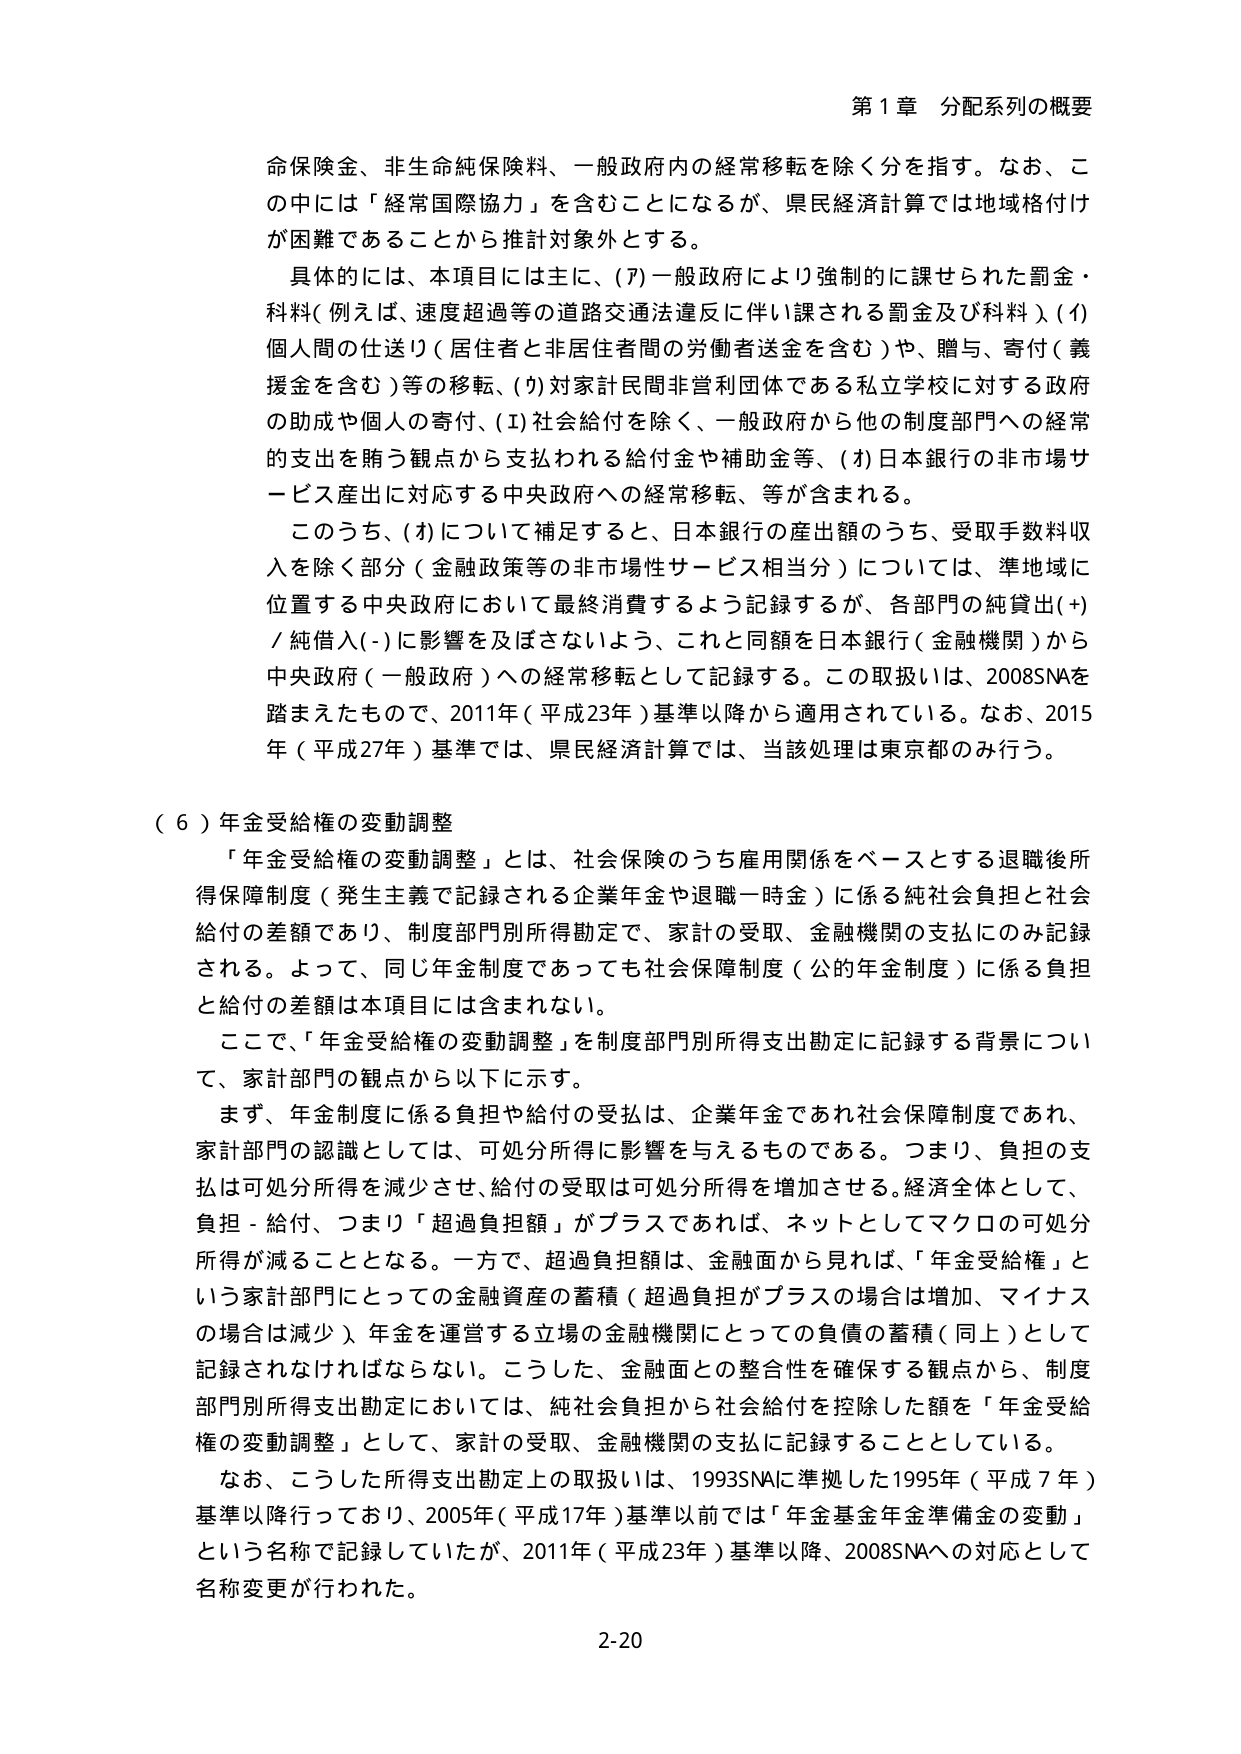
第１章 分配系列の概要

命保険金、非生命純保険料、一般政府内の経常移転を除く分を指す。なお、この中には「経常国際協力」を含むことになるが、県民経済計算では地域格付けが困難であることから推計対象外とする。

具体的には、本項目には主に、(ｱ)一般政府により強制的に課せられた罰金・料金（例えば、速度超過等の道路交通法違反に伴い課される罰金及び料金）、(ｲ)個人間の仕送り（居住者と非居住者間の労働者送金を含む）や、贈与、寄付（義援金を含む）等の移転、(ｳ)対家計民間非営利団体である私立学校に対する政府の助成や個人の寄付、(ｴ)社会給付を除く、一般政府から他の制度部門への経常的支出を賄う観点から支払われる給付金や補助金等、(ｵ)日本銀行の非市場サービス産出に対応する中央政府への経常移転、等が含まれる。

このうち、(ｵ)について補足すると、日本銀行の産出額のうち、受取手数料収入を除く部分（金融政策等の非市場性サービス相当分）については、準地域に位置する中央政府において最終消費するよう記録するが、各部門の純貸出(+)／純借入(-)に影響を及ぼさないよう、これと同額を日本銀行（金融機関）から中央政府（一般政府）への経常移転として記録する。この取扱いは、2008SNAを踏まえたもので、2011年（平成23年）基準以降から適用されている。なお、2015年（平成27年）基準では、県民経済計算では、当該処理は東京都のみ行う。

（６）年金受給権の変動調整

「年金受給権の変動調整」とは、社会保険のうち雇用関係をベースとする退職後所得保障制度（発生主義で記録される企業年金や退職一時金）に係る純社会負担と社会給付の差額であり、制度部門別所得勘定で、家計の受取、金融機関の支払にのみ記録される。よって、同じ年金制度であっても社会保障制度（公的年金制度）に係る負担と給付の差額は本項目には含まれない。

ここで、「年金受給権の変動調整」を制度部門別所得支出勘定に記録する背景について、家計部門の観点から以下に示す。

まず、年金制度に係る負担や給付の受払は、企業年金であれ社会保障制度であれ、家計部門の認識としては、可処分所得に影響を与えるものである。つまり、負担の支払は可処分所得を減少させ、給付の受取は可処分所得を増加させる。経済全体として、負担－給付、つまり「超過負担額」がプラスであれば、ネットとしてマクロの可処分所得が減ることとなる。一方で、超過負担額は、金融面から見れば、「年金受給権」という家計部門にとっての金融資産の蓄積（超過負担がプラスの場合は増加、マイナスの場合は減少）、年金を運営する立場の金融機関にとっての負債の蓄積（同上）として記録されなければならない。こうした、金融面との整合性を確保する観点から、制度部門別所得支出勘定においては、純社会負担から社会給付を控除した額を「年金受給権の変動調整」として、家計の受取、金融機関の支払に記録することとしている。

なお、こうした所得支出勘定上の取扱いは、1993SNAに準拠した1995年（平成7年）基準以降行っており、2005年（平成17年）基準以前では「年金基金年金準備金の変動」という名称で記録していたが、2011年（平成23年）基準以降、2008SNAへの対応として名称変更が行われた。

2-20